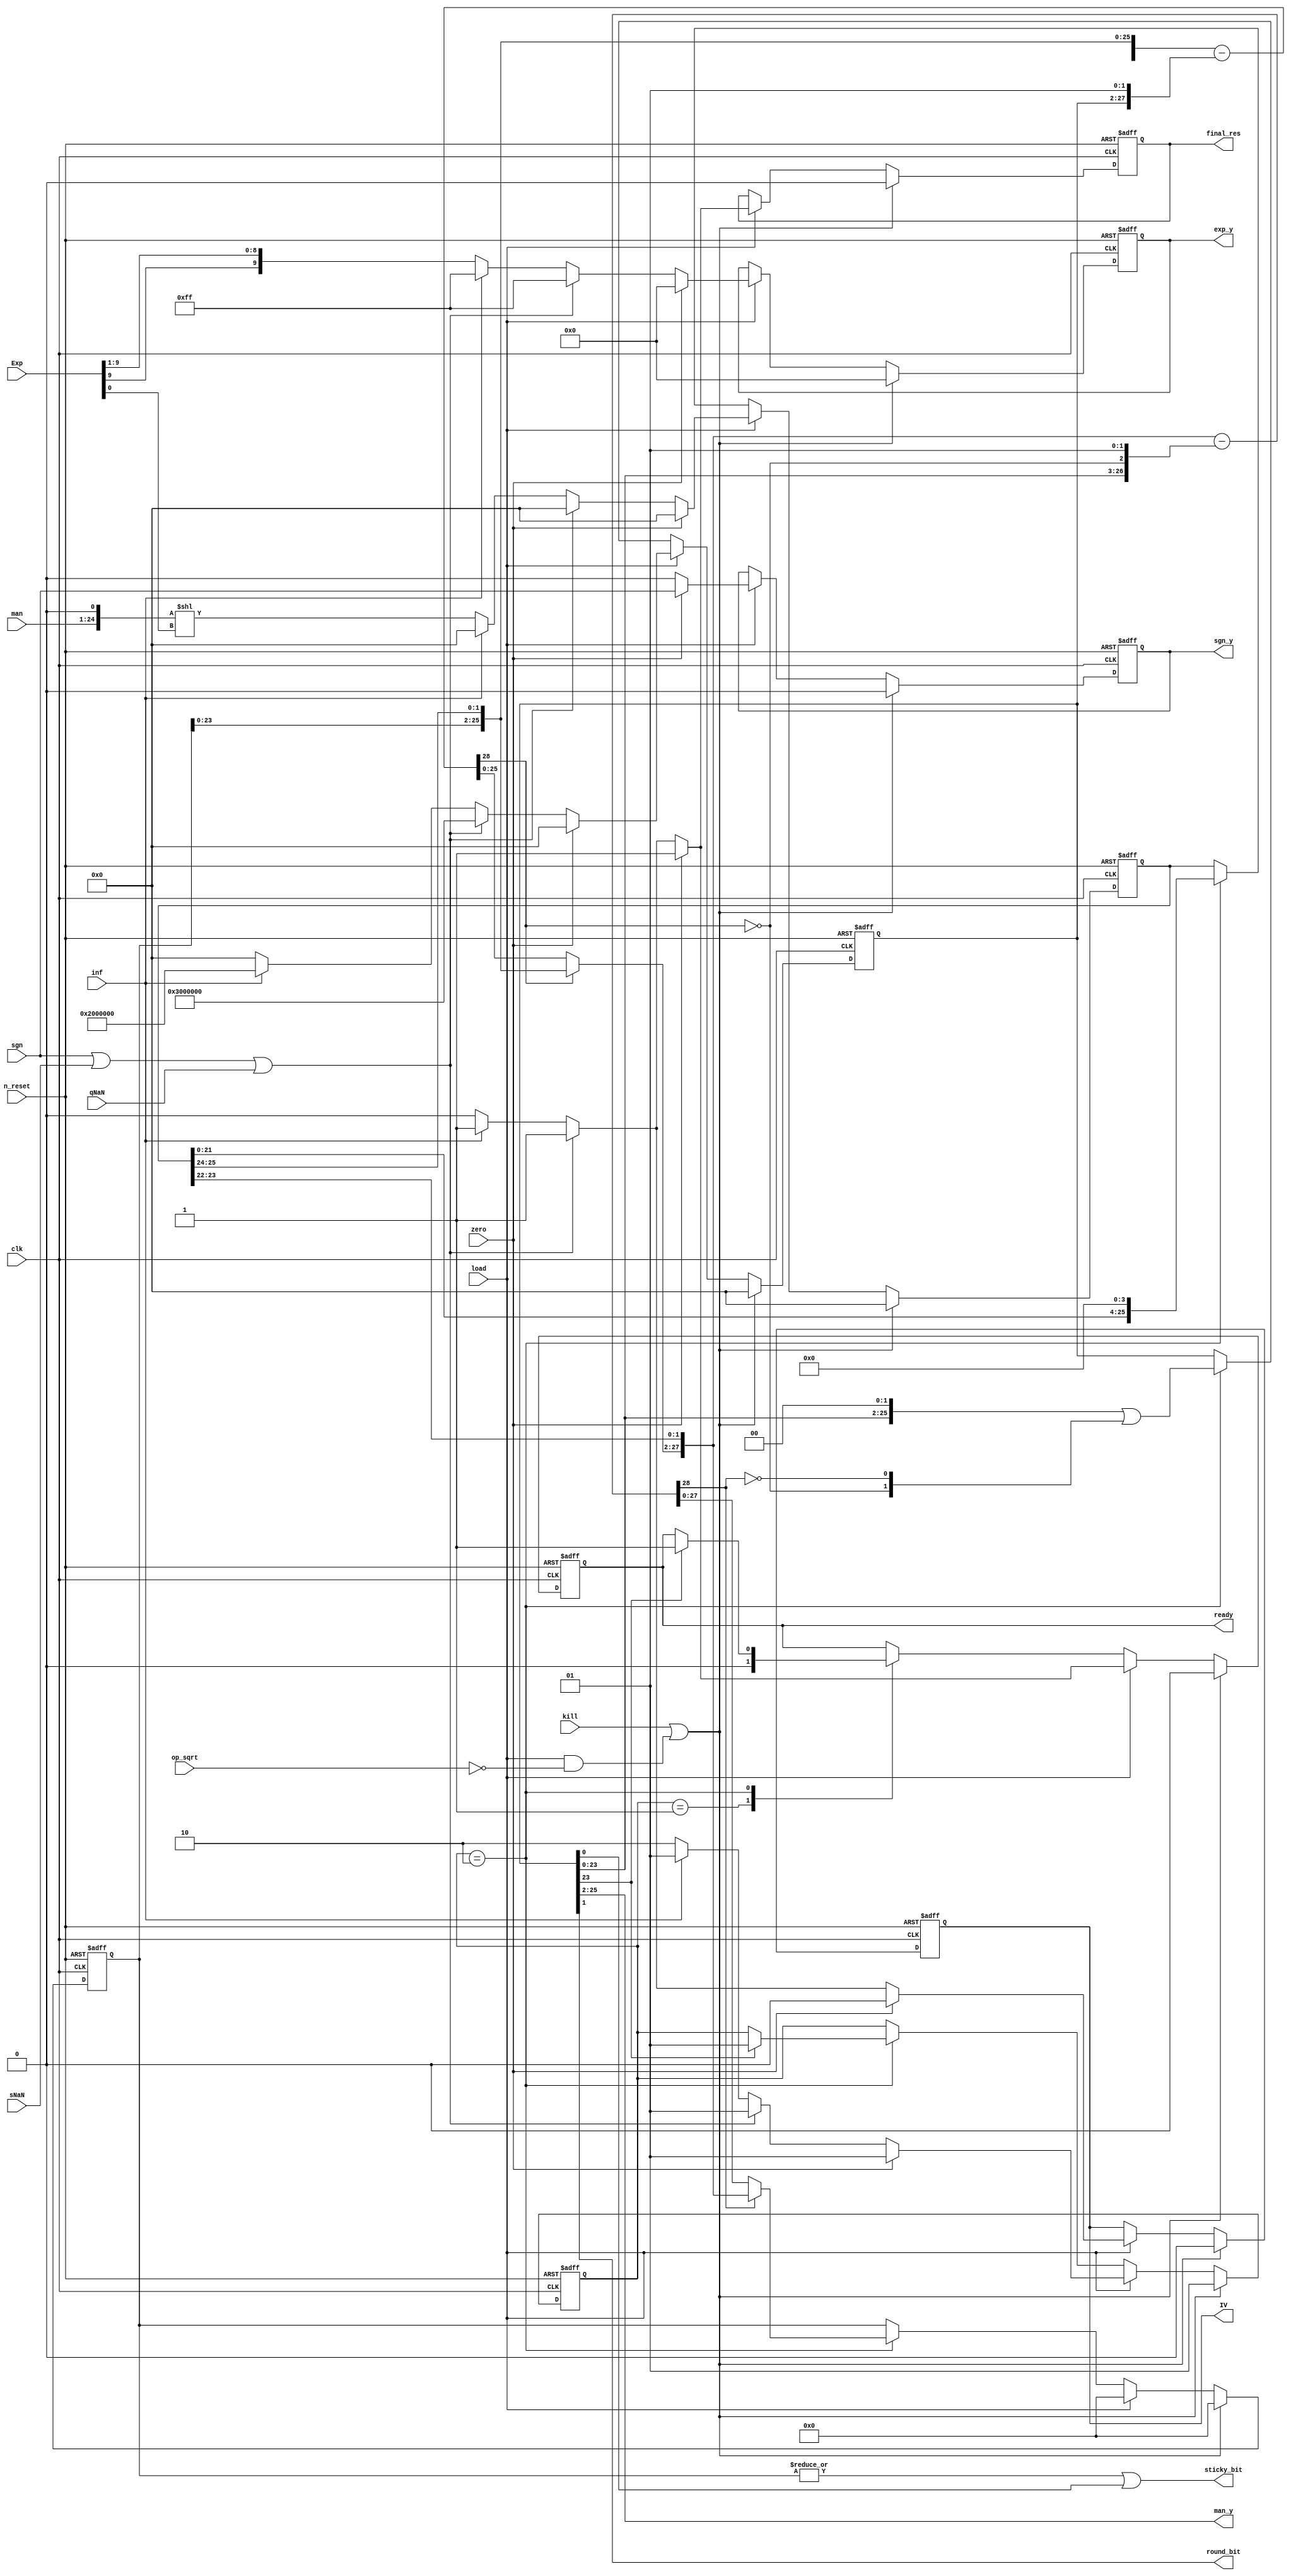
module airi5c_float_sqrt
(
    input                   clk,
    input                   n_reset,
    input                   kill,
    input                   load,

    input                   op_sqrt,

    input           [23:0]  man,
    input   signed  [9:0]   Exp,
    input                   sgn,
    input                   zero,
    input                   inf,
    input                   sNaN,
    input                   qNaN,

    output          [23:0]  man_y,
    output  reg     [9:0]   exp_y,
    output  reg             sgn_y,

    output                  round_bit,
    output                  sticky_bit,

    output  reg             IV,

    output  reg             final_res,
    output  reg             ready
);

    reg     [25:0]  reg_rad;
    reg     [25:0]  reg_res;
    reg     [27:0]  reg_rem;

    reg     [28:0]  acc [1:0];
    reg     [1:0]   s;

    reg     [1:0]   state;

    parameter       IDLE        = 2'b01,
                    CALC        = 2'b10;

    assign          man_y       = reg_res[25:2];
    assign          round_bit   = reg_res[1];
    assign          sticky_bit  = |reg_rem || reg_res[0];

    always @(posedge clk, negedge n_reset) begin
        if (!n_reset) begin
            reg_rad     <= 26'h0000000;
            reg_res     <= 26'h0000000;
            reg_rem     <= 28'h0000000;
            exp_y       <= 10'h000;
            sgn_y       <= 1'b0;
            IV          <= 1'b0;
            final_res   <= 1'b0;
            state       <= IDLE;
            ready       <= 1'b0;
        end
        
        else if (kill || (load && !op_sqrt)) begin
            reg_rad     <= 26'h0000000;
            reg_res     <= 26'h0000000;
            reg_rem     <= 28'h0000000;
            exp_y       <= 10'h000;
            sgn_y       <= 1'b0;
            IV          <= 1'b0;
            final_res   <= 1'b0;
            state       <= IDLE;
            ready       <= 1'b0;
        end

        else if (load) begin
            reg_rem     <= 28'h0000000;
            // +0.0 or -0.0
            if (zero) begin
                reg_rad     <= 26'h0000000;
                reg_res     <= 26'h0000000;
                exp_y       <= 10'h000;
                sgn_y       <= sgn;
                IV          <= 1'b0;
                final_res   <= 1'b1;
                state       <= IDLE;
                ready       <= 1'b1;
            end
            // NaN (negative numbers, except -0.0)
            else if (sgn || sNaN || qNaN) begin
                reg_rad     <= 26'h0000000;
                reg_res     <= {24'hc00000, 2'b00};
                exp_y       <= 10'h0ff;
                sgn_y       <= 1'b0;
                IV          <= 1'b1;
                final_res   <= 1'b1;
                state       <= IDLE;
                ready       <= 1'b1;
            end
            // inf
            else if (inf) begin
                reg_rad     <= 26'h0000000;
                reg_res     <= {24'h800000, 2'b00};
                exp_y       <= 10'h0ff;
                sgn_y       <= 1'b0;
                IV          <= 1'b1;
                final_res   <= 1'b1;
                state       <= IDLE;
                ready       <= 1'b1;
            end

            else begin
                reg_rad     <= {1'b0, man, 1'b0} << Exp[0];
                reg_res     <= 26'h0000000;
                exp_y       <= Exp >>> 1;
                sgn_y       <= 1'b0;
                IV          <= 1'b0;
                final_res   <= 1'b0;
                state       <= CALC;
                ready       <= 1'b0;
            end
        end

        else case (state)
            IDLE:       ready <= 1'b0;

            CALC:       begin
                            reg_rad <= reg_rad << 4;
                            reg_res <= (reg_res << 2) | s;
                            reg_rem <= acc[1][27:0];

                            // when the calculation is finished,
                            // the MSB of the result is always 1
                            if (reg_res[23]) begin
                                state   <= IDLE;
                                ready   <= 1'b1;
                            end
                        end
        endcase
    end

    always @(*) begin
        acc[0]  = {1'b0, reg_rem[25:0], reg_rad[25:24]} - {1'b0, reg_res, 2'b01};
        s[1]    = !acc[0][28];
        acc[0]  = acc[0][28] ? {1'b0, reg_rem[25:0], reg_rad[25:24]} : acc[0];

        acc[1]  = {1'b0, acc[0][25:0], reg_rad[23:22]} - {1'b0, reg_res[23:0], s[1], 2'b01};
        s[0]    = !acc[1][28];
        acc[1]  = acc[1][28] ? {1'b0, acc[0][25:0], reg_rad[23:22]} : acc[1];
    end

endmodule